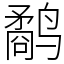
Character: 鹬